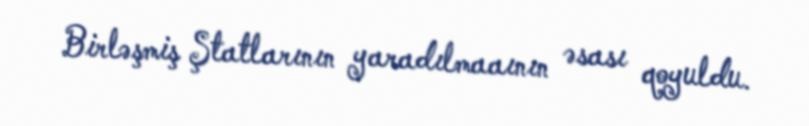
Birləşmiş Ştatlarının yaradılmaaının əsası qoyuldu.